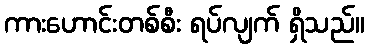
ကားဟောင်းတစ်စီး ရပ်လျက် ရှိသည်။